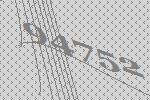
94752